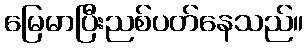
မြေမာပြီးညစ်ပတ်နေသည်။